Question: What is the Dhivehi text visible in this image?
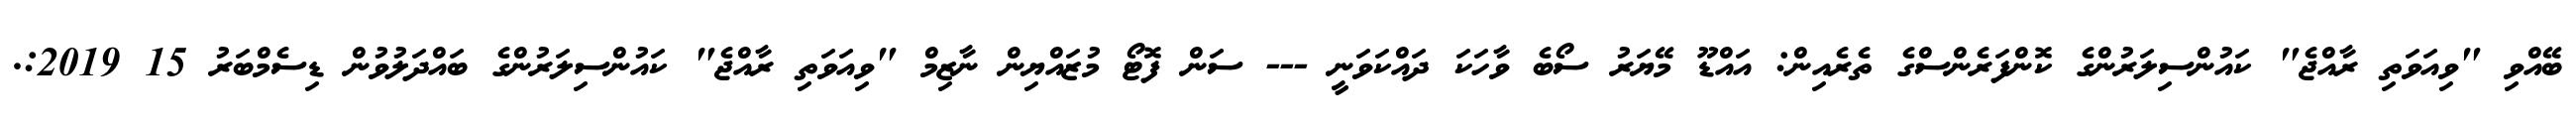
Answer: ބޭއްވި "ވިއަވަތި ރާއްޖެ" ކައުންސިލަރުންގެ ކޮންފަރެންސްގެ ތެރެއިން: އައްޑޫ މޭޔަރު ސޯބެ ވާހަކަ ދައްކަވަނީ --- ސަން ފޮޓޯ މުޒައްޔިން ނާޒިމް "ވިއަވަތި ރާއްޖެ" ކައުންސިލަރުންގެ ބައްދަލުވުން ޑިސެމްބަރު 15 2019:.